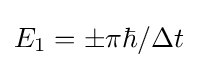
E_{1}=\pm \pi \hbar /\Delta t